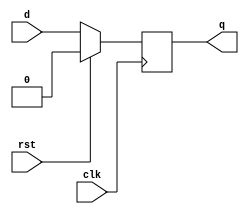
module d_flip_flop (
    input wire clk,       // Clock input
    input wire rst,       // Active high reset input
    input wire d,         // Data input
    output reg q          // Data output
);

// Sequential logic block sensitive to the rising edge of the clock
always @(posedge clk) begin
    if (rst) begin
        // Reset the output to 0 on reset signal
        q <= 1'b0;
    end else begin
        // Update the output with the data input
        q <= d;
    end
end

endmodule